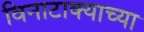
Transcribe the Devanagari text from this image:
विनाटाक्‍याच्या